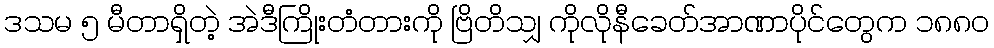
ဒသမ ၅ မီတာရှိတဲ့ အဲဒီကြိုးတံတားကို ဗြိတိသျှ ကိုလိုနီခေတ်အာဏာပိုင်တွေက ၁၈၈၀